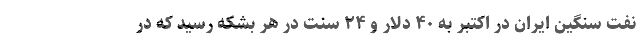
نفت سنگین ایران در اکتبر به ۴۰ دلار و ۲۴ سنت در هر بشکه رسید که در